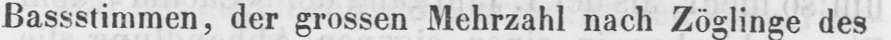
Bassstimmen, der grossen Mehrzahl nach Zöglinge des